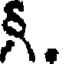
న్